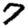
Digit: 7